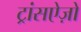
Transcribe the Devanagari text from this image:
ट्रांसऐज़ो